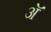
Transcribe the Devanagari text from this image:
अॅ